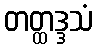
တတ္ထဒ္ဒသံ